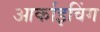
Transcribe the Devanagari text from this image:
आर्काइविंग